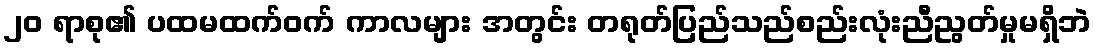
၂၀ ရာစု၏ ပထမထက်ဝက် ကာလများ အတွင်း တရုတ်ပြည်သည်စည်းလုံးညီညွတ်မှုမရှိဘဲ